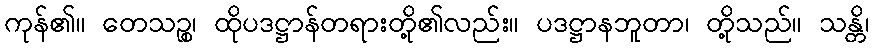
ကုန်၏။ တေသဉ္စ၊ ထိုပဒဋ္ဌာန်တရားတို့၏လည်း။ ပဒဋ္ဌာနဘူတာ၊ တို့သည်။ သန္တိ၊